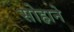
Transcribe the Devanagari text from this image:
सोहाने